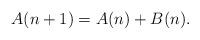
LaTeX: \begin{align*}A(n+1)&=A(n)+B(n).\end{align*}